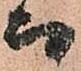
而